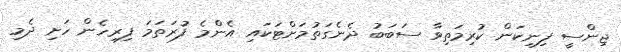
ޖިންސީ ފިނިކަން ކުރިމަތިވާ ސަބަބު ދެނެގަތުމަށްޓަކައި އެންމެ ފުރަތަމަ ފިރިހެން ހަށި ދެމި